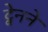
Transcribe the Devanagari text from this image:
ट्वेनने